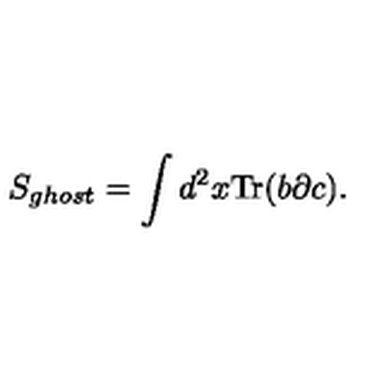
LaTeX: S _ { g h o s t } = \int d ^ { 2 } x \mathrm { T r } ( b \partial c ) .